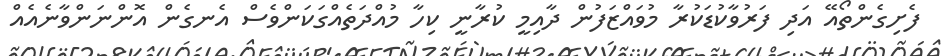
ފެށިގެންތޯއޭ އަދި ފަރުވާކުޑަކުރާ މުވައްޒަފުން ދާއިމީ ކުރާނީ ކިހާ މުއްދަތެއްގަކަންވެސް އެނގެން އޮންނަންވާނެއެއް